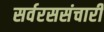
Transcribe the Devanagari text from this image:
सर्वरससंचारी